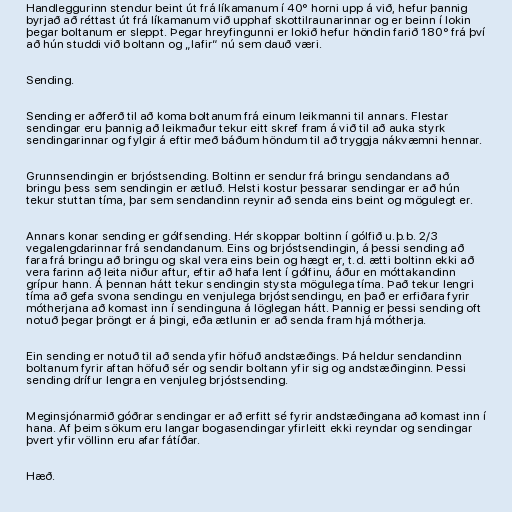
Handleggurinn stendur beint út frá líkamanum í 40° horni upp á við, hefur þannig
byrjað að réttast út frá líkamanum við upphaf skottilraunarinnar og er beinn í lokin
þegar boltanum er sleppt. Þegar hreyfingunni er lokið hefur höndin farið 180° frá því
að hún studdi við boltann og „lafir“ nú sem dauð væri.

Sending.

Sending er aðferð til að koma boltanum frá einum leikmanni til annars. Flestar
sendingar eru þannig að leikmaður tekur eitt skref fram á við til að auka styrk
sendingarinnar og fylgir á eftir með báðum höndum til að tryggja nákvæmni hennar.

Grunnsendingin er brjóstsending. Boltinn er sendur frá bringu sendandans að
bringu þess sem sendingin er ætluð. Helsti kostur þessarar sendingar er að hún
tekur stuttan tíma, þar sem sendandinn reynir að senda eins beint og mögulegt er.

Annars konar sending er gólfsending. Hér skoppar boltinn í gólfið u.þ.b. 2/3
vegalengdarinnar frá sendandanum. Eins og brjóstsendingin, á þessi sending að
fara frá bringu að bringu og skal vera eins bein og hægt er, t.d. ætti boltinn ekki að
vera farinn að leita niður aftur, eftir að hafa lent í gólfinu, áður en móttakandinn
grípur hann. Á þennan hátt tekur sendingin stysta mögulega tíma. Það tekur lengri
tíma að gefa svona sendingu en venjulega brjóstsendingu, en það er erfiðara fyrir
mótherjana að komast inn í sendinguna á löglegan hátt. Þannig er þessi sending oft
notuð þegar þröngt er á þingi, eða ætlunin er að senda fram hjá mótherja.

Ein sending er notuð til að senda yfir höfuð andstæðings. Þá heldur sendandinn
boltanum fyrir aftan höfuð sér og sendir boltann yfir sig og andstæðinginn. Þessi
sending drífur lengra en venjuleg brjóstsending.

Meginsjónarmið góðrar sendingar er að erfitt sé fyrir andstæðingana að komast inn í
hana. Af þeim sökum eru langar bogasendingar yfirleitt ekki reyndar og sendingar
þvert yfir völlinn eru afar fátíðar.

Hæð.